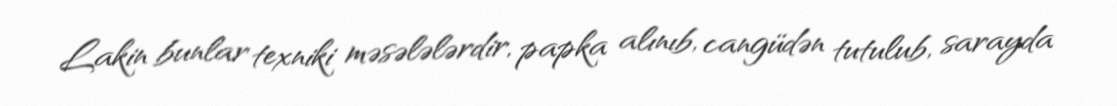
Lakin bunlar texniki məsələlərdir, papka alınıb, cangüdən tutulub, sarayda